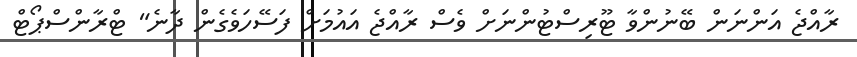
ރާއްޖެ އަންނަން ބޭނުންވާ ޓޫރިސްޓުންނަށް ވެސް ރާއްޖެ އައުމަށް ފަސޭހަވެގެން ދާނެ" ޓްރާންސްޕޯޓް